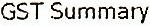
GST SUMMARY